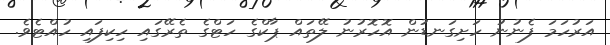
އަރުހަމަ ފެނުނު ހަށިގަނޑުން އޮހޮރުނު ލޭތައް ޕާކްގެ ހަޓްގެ ތެރޭގައި ހިކިފައި ހުއްޓެވެ.